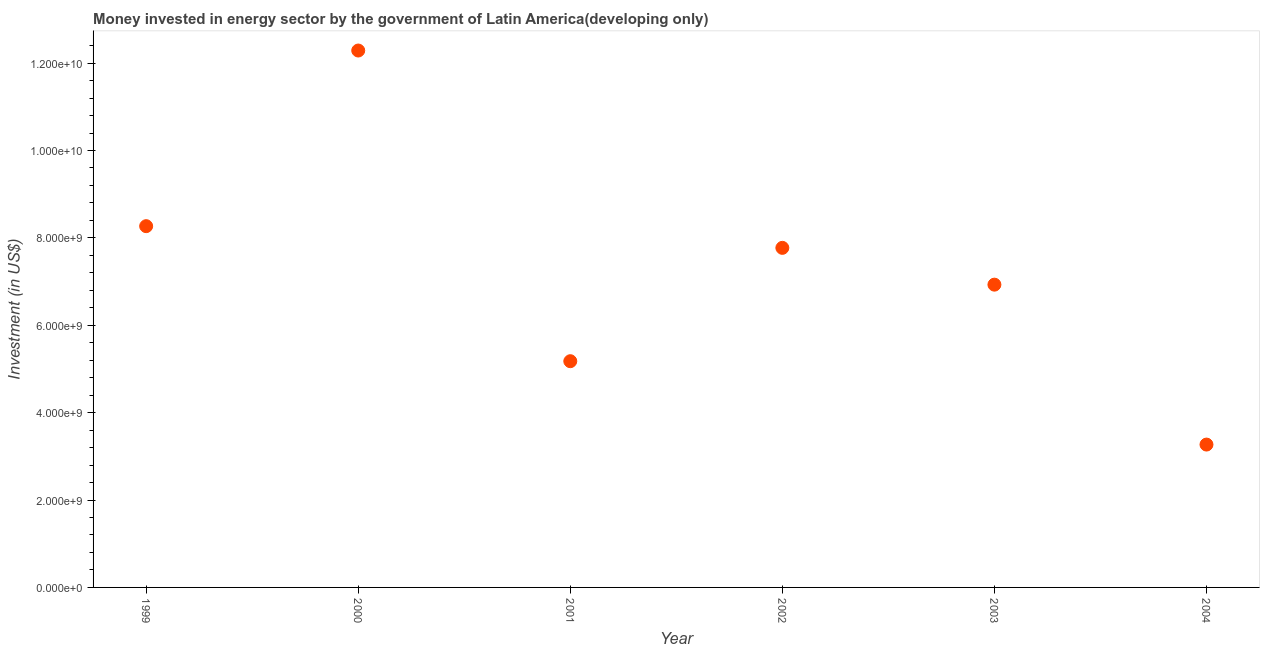
| Year | Investment in energy with private participation (current US$) |
 | --- | --- |
 | 1999 | 8.27e+09 |
 | 2000 | 1.23e+10 |
 | 2001 | 5.18e+09 |
 | 2002 | 7.77e+09 |
 | 2003 | 6.93e+09 |
 | 2004 | 3.27e+09 |